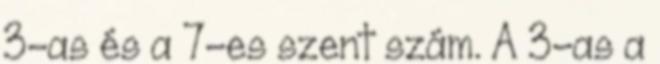
3-as és a 7-es szent szám. A 3-as a